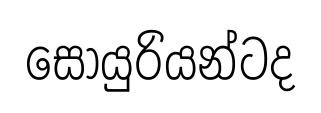
සොයුරියන්ටද